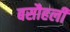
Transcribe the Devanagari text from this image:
बसौहली